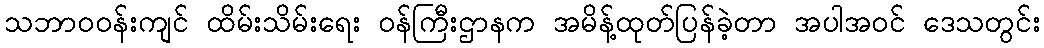
သဘာဝဝန်းကျင် ထိမ်းသိမ်းရေး ဝန်ကြီးဌာနက အမိန့်ထုတ်ပြန်ခဲ့တာ အပါအဝင် ဒေသတွင်း